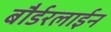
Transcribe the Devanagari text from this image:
बौर्डरलाईन